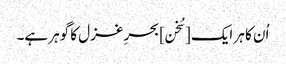
اُن کا ہر ایک [سُخن] بحرِ غزل کا گوہر ہے۔